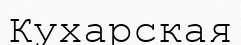
Кухарская